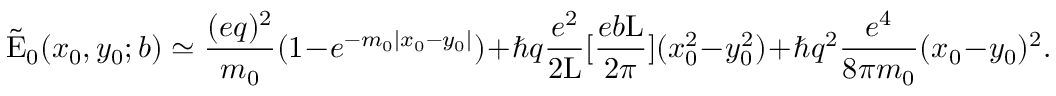
\tilde { \mathrm { E } } _ { 0 } ( x _ { 0 } , y _ { 0 } ; b ) \simeq \frac { ( e q ) ^ { 2 } } { m _ { 0 } } ( 1 - e ^ { - m _ { 0 } | x _ { 0 } - y _ { 0 } | } ) + \hbar q \frac { e ^ { 2 } } { 2 \mathrm { L } } [ \frac { e b \mathrm { L } } { 2 \pi } ] ( x _ { 0 } ^ { 2 } - y _ { 0 } ^ { 2 } ) + \hbar q ^ { 2 } \frac { e ^ { 4 } } { 8 \pi m _ { 0 } } ( x _ { 0 } - y _ { 0 } ) ^ { 2 } .